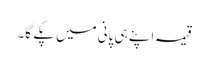
قیمہ اپنے ہی پانی میں پکے گا۔